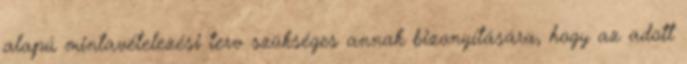
alapú mintavételezési terv szükséges annak bizonyítására, hogy az adott